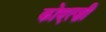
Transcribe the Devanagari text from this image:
कोएत्ज़ी